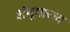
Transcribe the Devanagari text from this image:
शंभूयात्तव